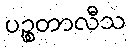
ပဉ္စတာလီသ